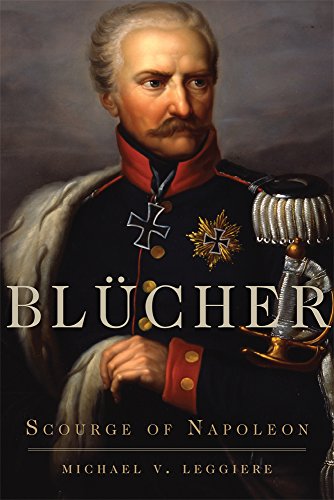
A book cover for BlÃ¼cher: Scourge of Napoleon (Campaigns and Commanders Series); Michael V. Leggiere; History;